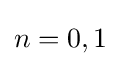
n=0,1